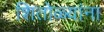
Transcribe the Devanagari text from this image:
शितोळ्यांना